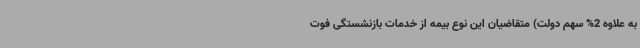
به علاوه 2% سهم دولت) متقاضیان این نوع بیمه از خدمات بازنشستگی فوت